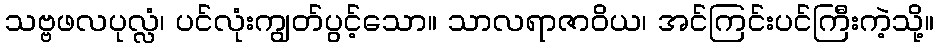
သဗ္ဗဖလပုလ္လံ၊ ပင်လုံးကျွတ်ပွင့်သော။ သာလရာဇာဝိယ၊ အင်ကြင်းပင်ကြီးကဲ့သို့။